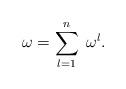
LaTeX: \begin{align*}\omega= \overset{n}{\underset{l=1}{\sum}}\: \: \omega^l.\end{align*}